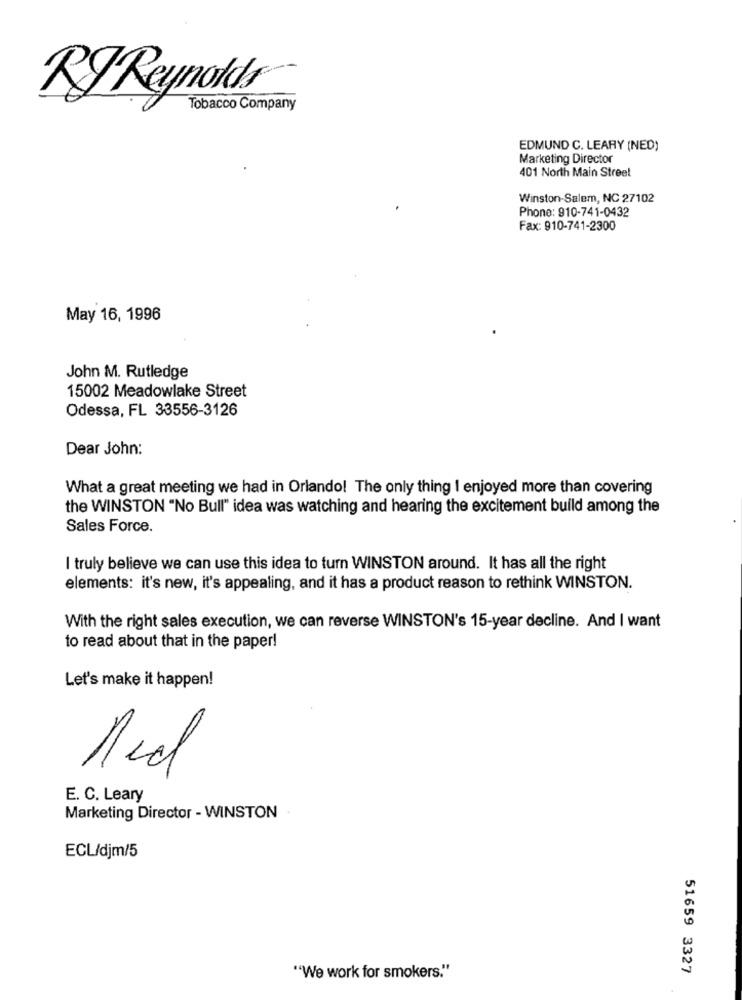
RJ Reynolds
Tobacco Company
EDMUND C. LEARY (NED)
Marketing Director
401 North Main Street
Winston-Salem, NC 27102
Phone: 910-741-0432
Fax: 910-741-2300
May 16, 1996
John M. Rutledge
15002 Meadowlake Street
Odessa, FL 33556-3126
Dear John:
What a great meeting we had in Orlando! The only thing I enjoyed more than covering
the WINSTON "No Bull" idea was watching and hearing the excitement build among the
Sales Force.
I truly believe we can use this idea to turn WINSTON around. It has all the right
elements: it's new, it's appealing, and it has a product reason to rethink WINSTON.
With the right sales execution, we can reverse WINSTON's 15-year decline. And I want
to read about that in the paper!
Let's make it happen!
E. C. Leary
Marketing Director - WINSTON
ECL/djm/5
51659 3327
"We work for smokers."